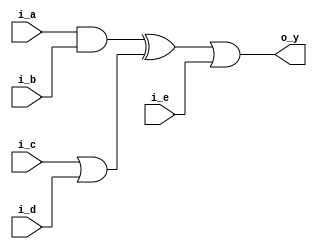
//*******************************FILE HEAD**************************************
//*********************Verilog HDL *********************
// FUNCTION        : 
// AUTHOR          : 
// DATE & REVISION : 
// COMPANY         : Verilog HDL 
// UPDATE          :
//******************************************************************************
`timescale 1ns/1ns

module gate_consctruct
    (
        input i_a, //5
        input i_b,
        input i_c,
        input i_d,
        input i_e,
        
        output o_y //
    );
    
    //
    wire w_and_o;
    wire w_or1_o;    
    wire w_xor_o;
    
    //12-1
    and I_and(w_and_o, i_a, i_b);//
    
    or I1_or(w_or1_o, i_c, i_d); //
    
    xor I_xor(w_xor_o, w_and_o, w_or1_o); //
    
    or I2_or(o_y, w_xor_o, i_e); //    
    
endmodule

// END OF gate_consctruct.v FILE ***************************************************